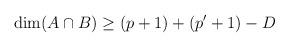
LaTeX: \begin{align*}\dim(A\cap B) \ge (p+1) +(p'+1) -D\end{align*}